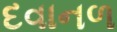
દવાનળ